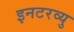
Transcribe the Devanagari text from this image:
इनटरव्यु